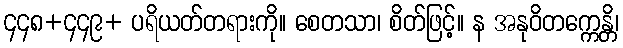
၄၄၈+၄၄၉+ ပရိယတ်တရားကို။ စေတသာ၊ စိတ်ဖြင့်။ န အနုဝိတက္ကေန္တိ၊